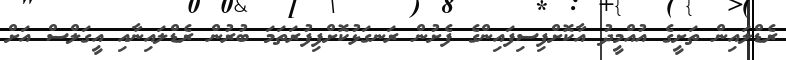
ރެޑްލައިން ތަށީގެ އުއްމީދު އާކޮށްފިސިފައިންގެ ފެށުން ރަނގަޅުކޮށްފިފުރަތަމަ ބުރުން ރެޑްލައިނާއި އީގަލްސް އަށް